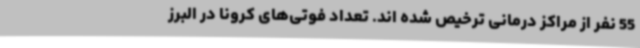
55 نفر از مراکز درمانی ترخیص شده اند. تعداد فوتی‌های کرونا در البرز